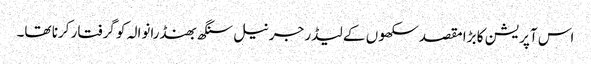
اس آپریشن کا بڑا مقصد سکھوں کے لیڈر جرنیل سنگھ بھنڈرانوالہ کو گرفتار کرنا تھا۔